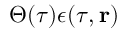
\Theta ( \tau ) \epsilon ( \tau , { \bf r } )